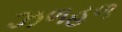
ઝળહળ